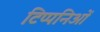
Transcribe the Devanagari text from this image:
टिप्पनिओं